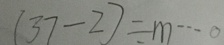
( 3 7 - 2 ) \div m \cdots 0